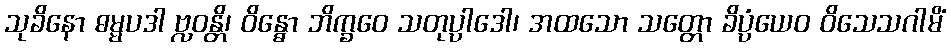
သုခိနော ဓမ္မပဒါ ဗ္လဝန္တိ၊ ဝိန္ဓော ဘိက္ခဝေ သတုပ္ပါဒေါ၊ အထသော သတ္တော ခိပ္ပံယေဝ ဝိသေသဂါမိံ